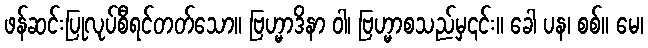
ဖန်ဆင်းပြုလုပ်စီရင်တတ်သော။ ဗြဟ္မာဒိနာ ဝါ၊ ဗြဟ္မာစသည်မှ၎င်း။ ခေါ ပန၊ စစ်။ မေ၊